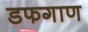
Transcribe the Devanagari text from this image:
डफगाण